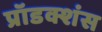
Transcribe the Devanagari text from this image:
प्रॉडक्शंस